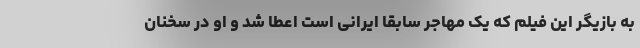
به بازیگر این فیلم که یک مهاجر سابقا ایرانی است اعطا شد و او در سخنان